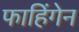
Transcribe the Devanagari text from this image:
फाहिंगेन